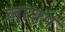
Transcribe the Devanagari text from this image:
लांघम